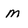
Character: M